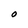
Character: O